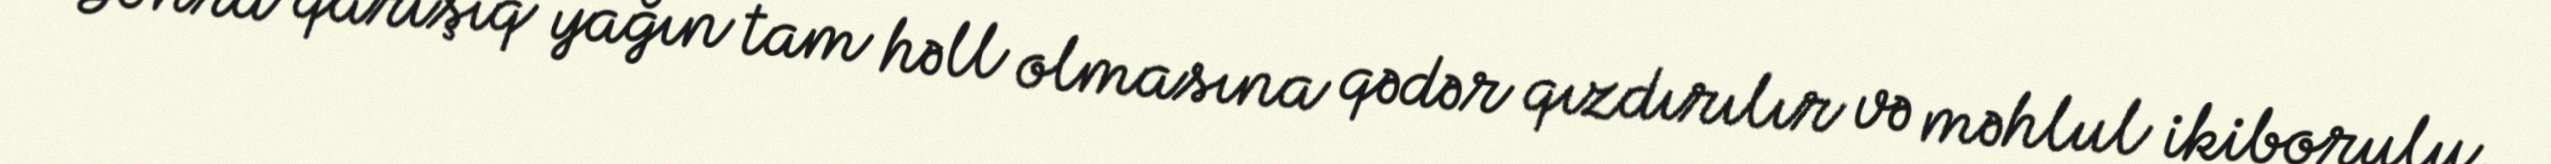
Sonra qarışıq yağın tam həll olmasına qədər qızdırılır və məhlul ikiborulu,